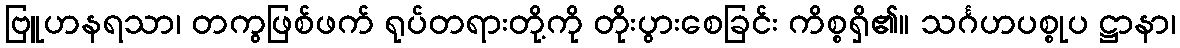
ဗြူဟနရသာ၊ တကွဖြစ်ဖက် ရုပ်တရားတို့ကို တိုးပွားစေခြင်း ကိစ္စရှိ၏။ သင်္ဂဟပစ္စုပ ဋ္ဌာနာ၊